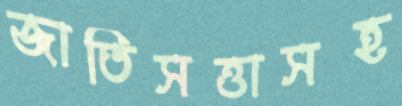
জাতিসত্তাসহ